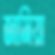
জামিয়া